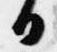
日